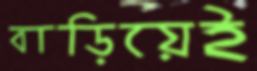
বাড়িয়েই